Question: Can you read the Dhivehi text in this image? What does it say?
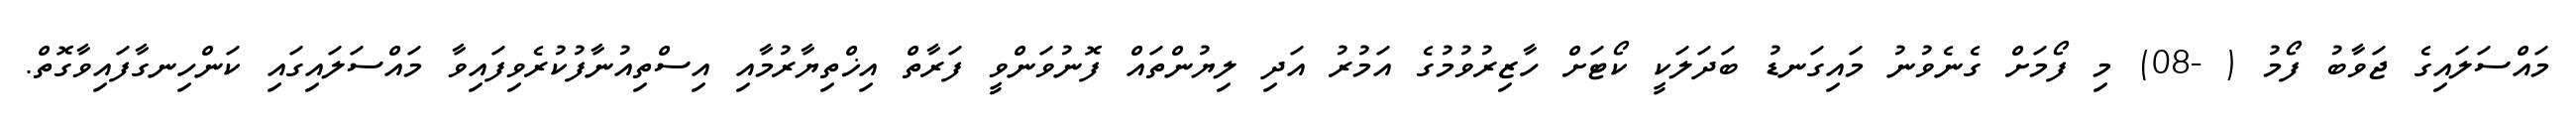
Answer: މައްސަލައިގެ ޖަވާބު ފޯމު ( -08) މި ފޯމަށް ގެނެވުނު މައިގަނޑު ބަދަލަކީ ކޯޓަށް ހާޒިރުވުމުގެ އަމުރު އަދި ލިޔުންތައް ފޮނުވަންވީ ފަރާތް އިޚްތިޔާރުމާއި އިސްތިއުނާފުކުރެވިފައިވާ މައްސަލައިގައި ކަންހިނގާފައިވާގޮތް.